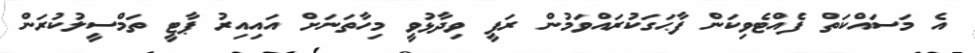
އެ މަސައްކަތް ފެއްޓެވިކަން ފާޙަގަކުރައްވަމުން ރަފީ ވިދާޅުވީ މިހާތަނަށް އައިއިރު ޕާޓީ ތަމްސީލުކުރަން